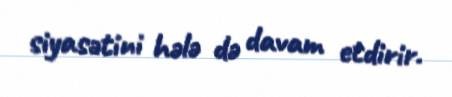
siyasətini hələ də davam etdirir.